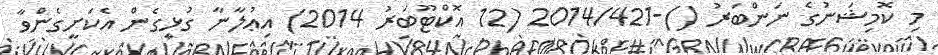
މި ކޮމިޝަނުގެ ނަންބަރު ()-2014/421 (12 އޮކްޓޫބަރު 2014) އިޢުލާނާ ގުޅިގެން އެކަށީގެންވާ